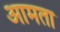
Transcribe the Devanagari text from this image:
आमता